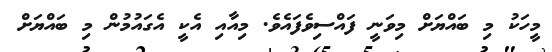
މީހަކު މި ބައްޔަށް މިވަނީ ފައްސިވެފައެވެ. މިއާއި އެކީ އެގައުމުން މި ބައްޔަށް